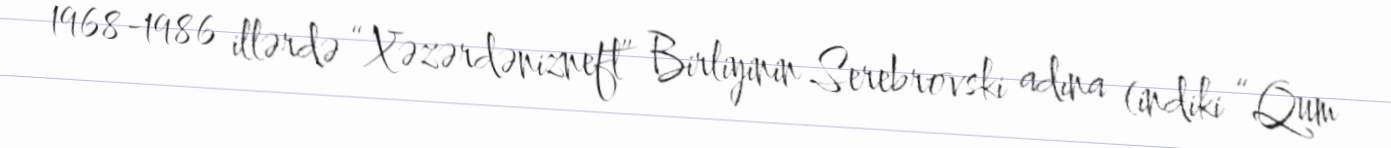
1968-1986 illərdə “Xəzərdənizneft” Birliyinin Serebrovski adına (indiki “Qum